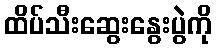
ထိပ်သီးဆွေးနွေးပွဲကို